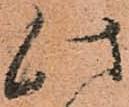
此